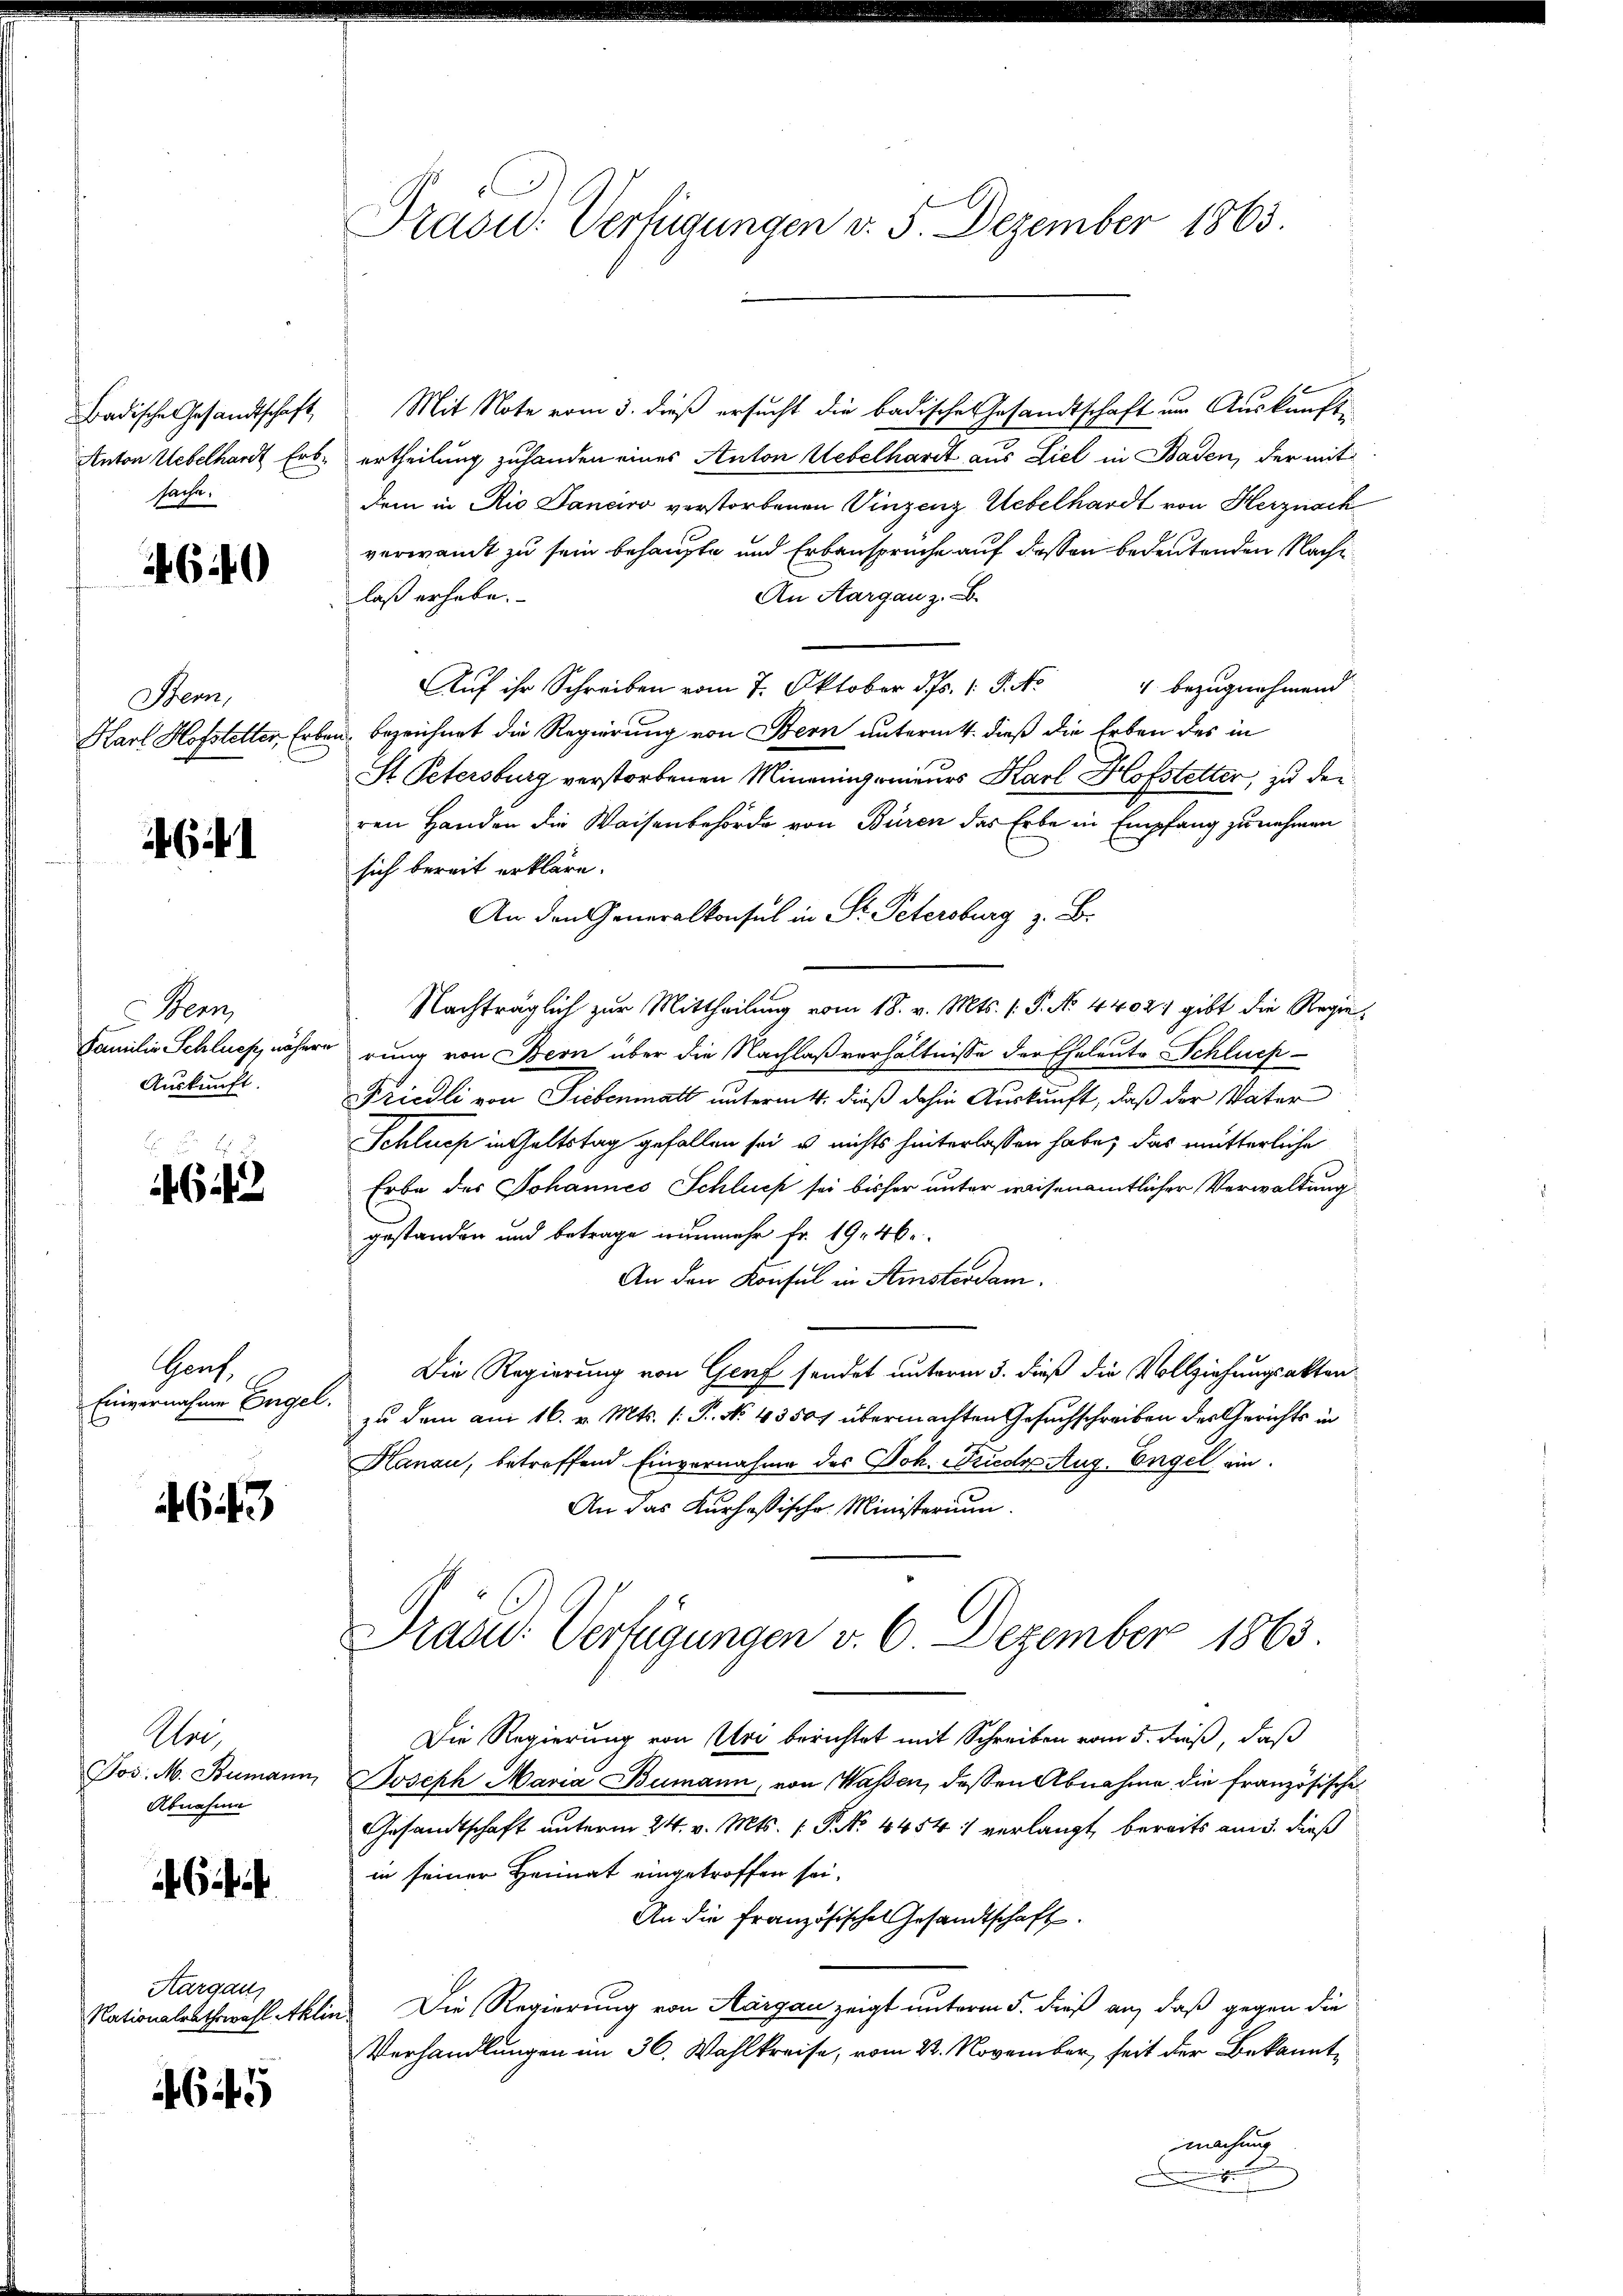
Badische Gesandtschaft
Anton Uebelhardt Erbsache.

640

Bern,
Karl Hofstetter, Ers

641

Benn
Familie Schluss nähere
Auskunft.

E
643

Genf.
Einvernahme Engel.

643

Ahre
Jos. M. Bumann
Abnahme

64

Aargau,
Nationalrathswahl Aklin

645

Prasid. Verfügungen v. 5. Dezember 1863.

Mit Note vom 3. dieß ersucht die badische Gesandtschaft um Auskünfti
ertheilung zuhanden eines Anton Uebelhardt aus Liel in Baden, der mit
dem in Rio Daneiro verstorbenen Vinzenz Uebelhardt von Herznach
verwandt zu sein behaupte und Erbanspruche auf dessen bedeutenden Nach¬
An Aargau z. B.
laß erhabe.
 bezugnehmend
Auf ihr Schreiben vom 7. Oktober ds. 1. J. No
bezeichnet die Regierung von Bern unternitt. dieß die Erben des in
St Petersburg verstorbenen Mineningenieurs Karl Hofstetter, zu der
ren Handen die Waisenbehörde von Büren das Erbe in Empfang zu nehmen
sich bereit erkläre.
An den Generalkonsul in St. Petersburg z. B.
Nachträglich zur Mittheilung vom 18. v. Mts. (: P. No 4402, gibt die Regierung von Bern über die Nachlaßverhältnisse der Eheleute Schluch
Friedli von Siebenmatt unterm 4. dieß dahin Auskunft, daß der Vater
Schluch in Geltstag gefallen sei u. nichts hinterlassen habe, das mutterliche
Erbe des Johannes Schluss sei bisher unter weisenamtlicher Verwaltung
gestanden und betrage nunmehr fr. 19. 46.
An den Konsul in Stinsterdam.
Die Regierung von Genf sendet unterm 5. dieß die Vollziehungsakten
zu dem am 16. v. Mts. (: P. No. 4350 übermachten Gesuchschreiben der Gerichts in
Hanau, betreffend Einvernahme des Joh. Frieder Aug. Engel ein
An das Kurhaßische Ministerium.
Präsid. Verfügungen v. 6. Dezember 1863.
Die Regierung von Uri berichtet mit Schreiben vom 5. dieß, daß
Joseph Maria Bumann, von Wassen, dessen Abnahme die französische
Gesandtschaft unterm 24. v. Mts. 1. P. No 4454 1 verlangt, bereits am 5. dieß
in seiner Heimat eingetroffen sei,
An die Französisches Gesandtschaft.
Die Regierung von Aargau zeigt unterm 5. dieß an, daß gegen die
Verhandlungen im 36. Wahlkreise, vom 22. November, seit der Bekanntmachung